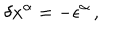
LaTeX: \delta x ^ { \alpha } = - \epsilon ^ { \alpha } \, ,